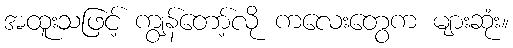
အထူးသဖြင့် ကျွန်တော့်လို ကလေးတွေက များဆုံး။